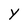
Character: Y